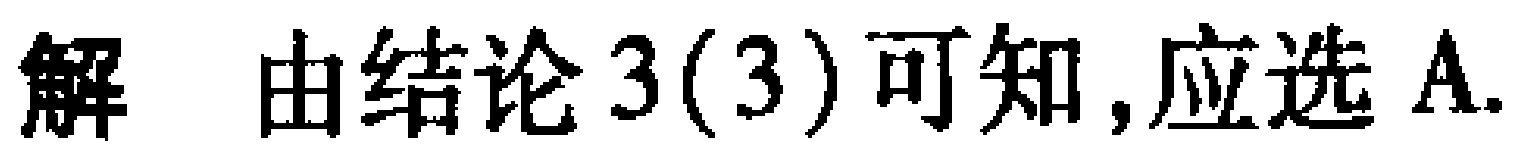
解 由结论3(3)可知,应选A.